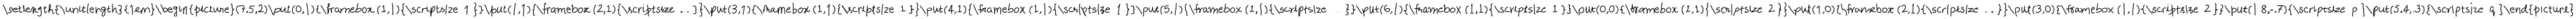
\mathrm { \ s e t l e n g t h { \unitlength } { 1 e m } \left\{ \left\{ \begin{picture} { { ( 7 . 5 , 2 ) \put ( 0 , 1 ) { \framebox ~ ( 1 , 1 ) { \scriptsize ~ 1 ~ } } \put ( 1 , 1 ) { \framebox ~ ( 2 , 1 ) { \scriptsize ~ . . . ~ } } \put ( 3 , 1 ) { \framebox ~ ( 1 , 1 ) { \scriptsize ~ 1 ~ } } \put ( 4 , 1 ) { \framebox ~ ( 1 , 1 ) { \scriptsize ~ 1 ~ } } \put ( 5 , 1 ) { \framebox ~ ( 1 , 1 ) { \scriptsize ~ . . . ~ } } \put ( 6 , 1 ) { \framebox ~ ( 1 , 1 ) { \scriptsize ~ 1 ~ } } \put ( 0 , 0 ) { \framebox ~ ( 1 , 1 ) { \scriptsize ~ 2 ~ } } \put ( 1 , 0 ) { \framebox ~ ( 2 , 1 ) { \scriptsize ~ . . . ~ } } \put ( 3 , 0 ) { \framebox ~ ( 1 , 1 ) { \scriptsize ~ 2 ~ } } \put ( 1 . 8 , - . 7 ) { \scriptsize ~ p ~ } \put ( 5 . 4 , . 3 ) { \scriptsize ~ q ~ } } } \\ \end{picture} \right. \right. }